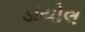
ડાયોલ